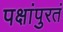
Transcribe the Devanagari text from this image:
पक्षांपुरतं